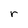
Character: r